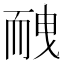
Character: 𦓕